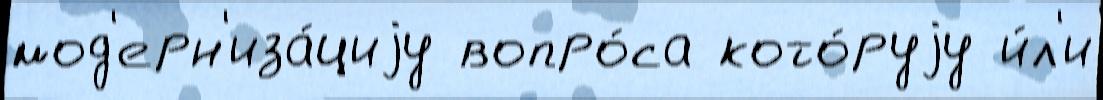
мод'ерн'иза́циjу вопро́са кото́руjу и́л'и